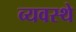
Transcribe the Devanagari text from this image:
व्यवस्थे